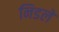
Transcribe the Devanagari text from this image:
निडलें